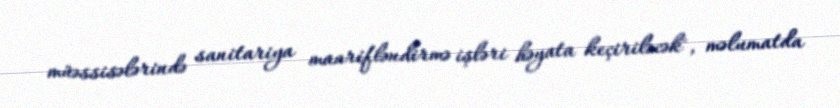
müəssisələrində sanitariya maarifləndirmə işləri həyata keçiriləcək", məlumatda